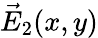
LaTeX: \vec{E}_{2}(x,y)